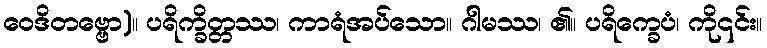
ဝေဒိတဗ္ဗော)။ ပရိက္ခိတ္တဿ၊ ကာရံအပ်သော။ ဂါမဿ၊ ၏။ ပရိက္ခေပံ၊ ကို၎င်း။